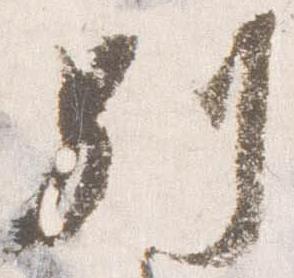
別